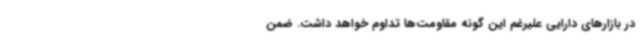
در بازارهای دارایی علیرغم این گونه مقاومت‌ها تداوم خواهد داشت. ضمن